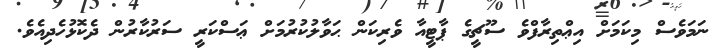
ނަމަވެސް މިކަމަށް އިޢްތިރާފްވެ ސޫޗީގެ ޕާޓީއާ ވެރިކަން ޙަވާލުކުރުމަށް ޢަސްކަރީ ސަރުކާރުން ދެކޮޅުހެދިއެވެ.